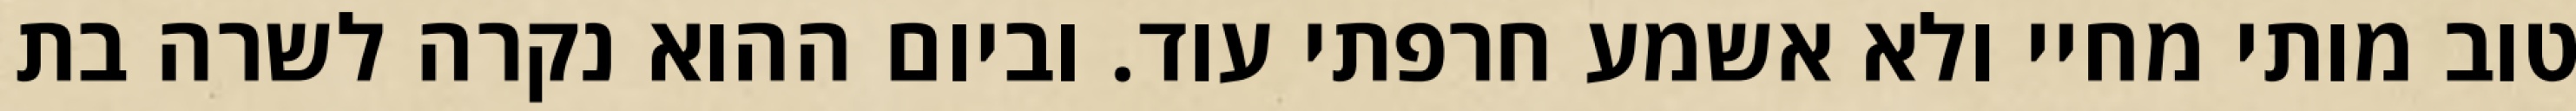
טוב מותי מחיי ולא אשמע חרפתי עוד. וביום ההוא נקרה לשרה בת